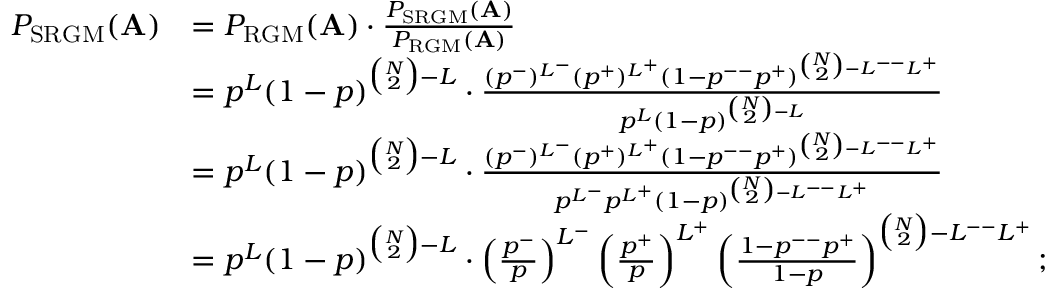
\begin{array} { r l } { P _ { \mathrm { S R G M } } ( \mathbf { A } ) } & { = P _ { \mathrm { R G M } } ( \mathbf { A } ) \cdot \frac { P _ { \mathrm { S R G M } } ( \mathbf { A } ) } { P _ { \mathrm { R G M } } ( \mathbf { A } ) } } \\ & { = p ^ { L } ( 1 - p ) ^ { \binom { N } { 2 } - L } \cdot \frac { ( p ^ { - } ) ^ { L ^ { - } } ( p ^ { + } ) ^ { L ^ { + } } ( 1 - p ^ { -- } p ^ { + } ) ^ { \binom { N } { 2 } - L ^ { -- } L ^ { + } } } { p ^ { L } ( 1 - p ) ^ { \binom { N } { 2 } - L } } } \\ & { = p ^ { L } ( 1 - p ) ^ { \binom { N } { 2 } - L } \cdot \frac { ( p ^ { - } ) ^ { L ^ { - } } ( p ^ { + } ) ^ { L ^ { + } } ( 1 - p ^ { -- } p ^ { + } ) ^ { \binom { N } { 2 } - L ^ { -- } L ^ { + } } } { p ^ { L ^ { - } } p ^ { L ^ { + } } ( 1 - p ) ^ { \binom { N } { 2 } - L ^ { -- } L ^ { + } } } } \\ & { = p ^ { L } ( 1 - p ) ^ { \binom { N } { 2 } - L } \cdot \left( \frac { p ^ { - } } { p } \right) ^ { L ^ { - } } \left( \frac { p ^ { + } } { p } \right) ^ { L ^ { + } } \left( \frac { 1 - p ^ { -- } p ^ { + } } { 1 - p } \right) ^ { \binom { N } { 2 } - L ^ { -- } L ^ { + } } ; } \end{array}